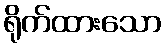
ရိုက်ထားသော